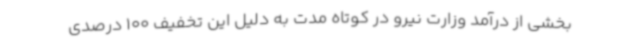
بخشی از درآمد وزارت نیرو در کوتاه مدت به دلیل این تخفیف 100 درصدی